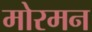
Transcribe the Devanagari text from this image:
मोरमन